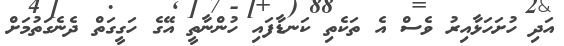
އަދި ހުށަހަޅާއިރު ވެސް އެ ތަކެތި ކަނޑާފައި ހުންނާތީ އޭގެ ހަގީގަތް ދެނެގަތުމަށް